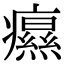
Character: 𤻗